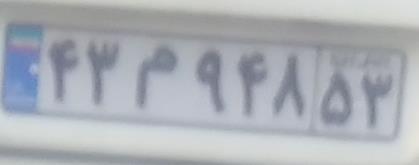
۴۳م۹۴۸۵۳